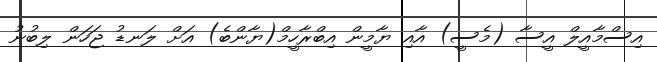
އިސްމާއީލް އީސާ (މެސީ) އާއި ޔާމީން އިބްރާހީމް(ޔާންބެ) އަށް ލަނޑު ޖަހަން ލިބުނު